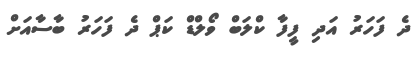
ދެ ފަހަރު އަދި ފީފާ ކްލަބް ވޯލްޑް ކަޕް ދެ ފަހަރު ބާސާއަށް